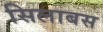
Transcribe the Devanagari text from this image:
सिलाबस